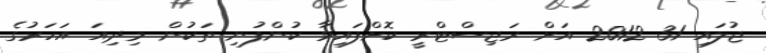
ޖުލައި 31 2012 އަށް ރަޖިސްޓްރީ ކޮށްފައިވާ ކުންފުނި ތަކުން މިދިއަ އަހަރުގެ